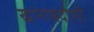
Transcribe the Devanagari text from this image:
खानाबदोशी